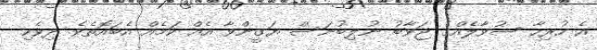
އެ ހުރިހާ ސުވާލެއްގެ ޖަވާބު ނުލިބުނަސް ޔަގީންވާ އެއް ކަމެއް އެބައޮތެވެ. ދިވެހި